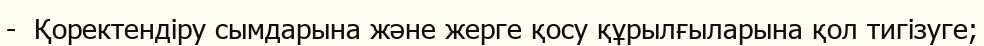
-  Қоректендіру сымдарына және жерге қосу құрылғыларына қол тигізуге;